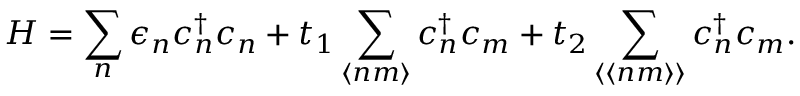
H = \sum _ { n } \epsilon _ { n } c _ { n } ^ { \dagger } c _ { n } + t _ { 1 } \sum _ { \langle n m \rangle } c _ { n } ^ { \dagger } c _ { m } + t _ { 2 } \sum _ { \langle \langle n m \rangle \rangle } c _ { n } ^ { \dagger } c _ { m } .